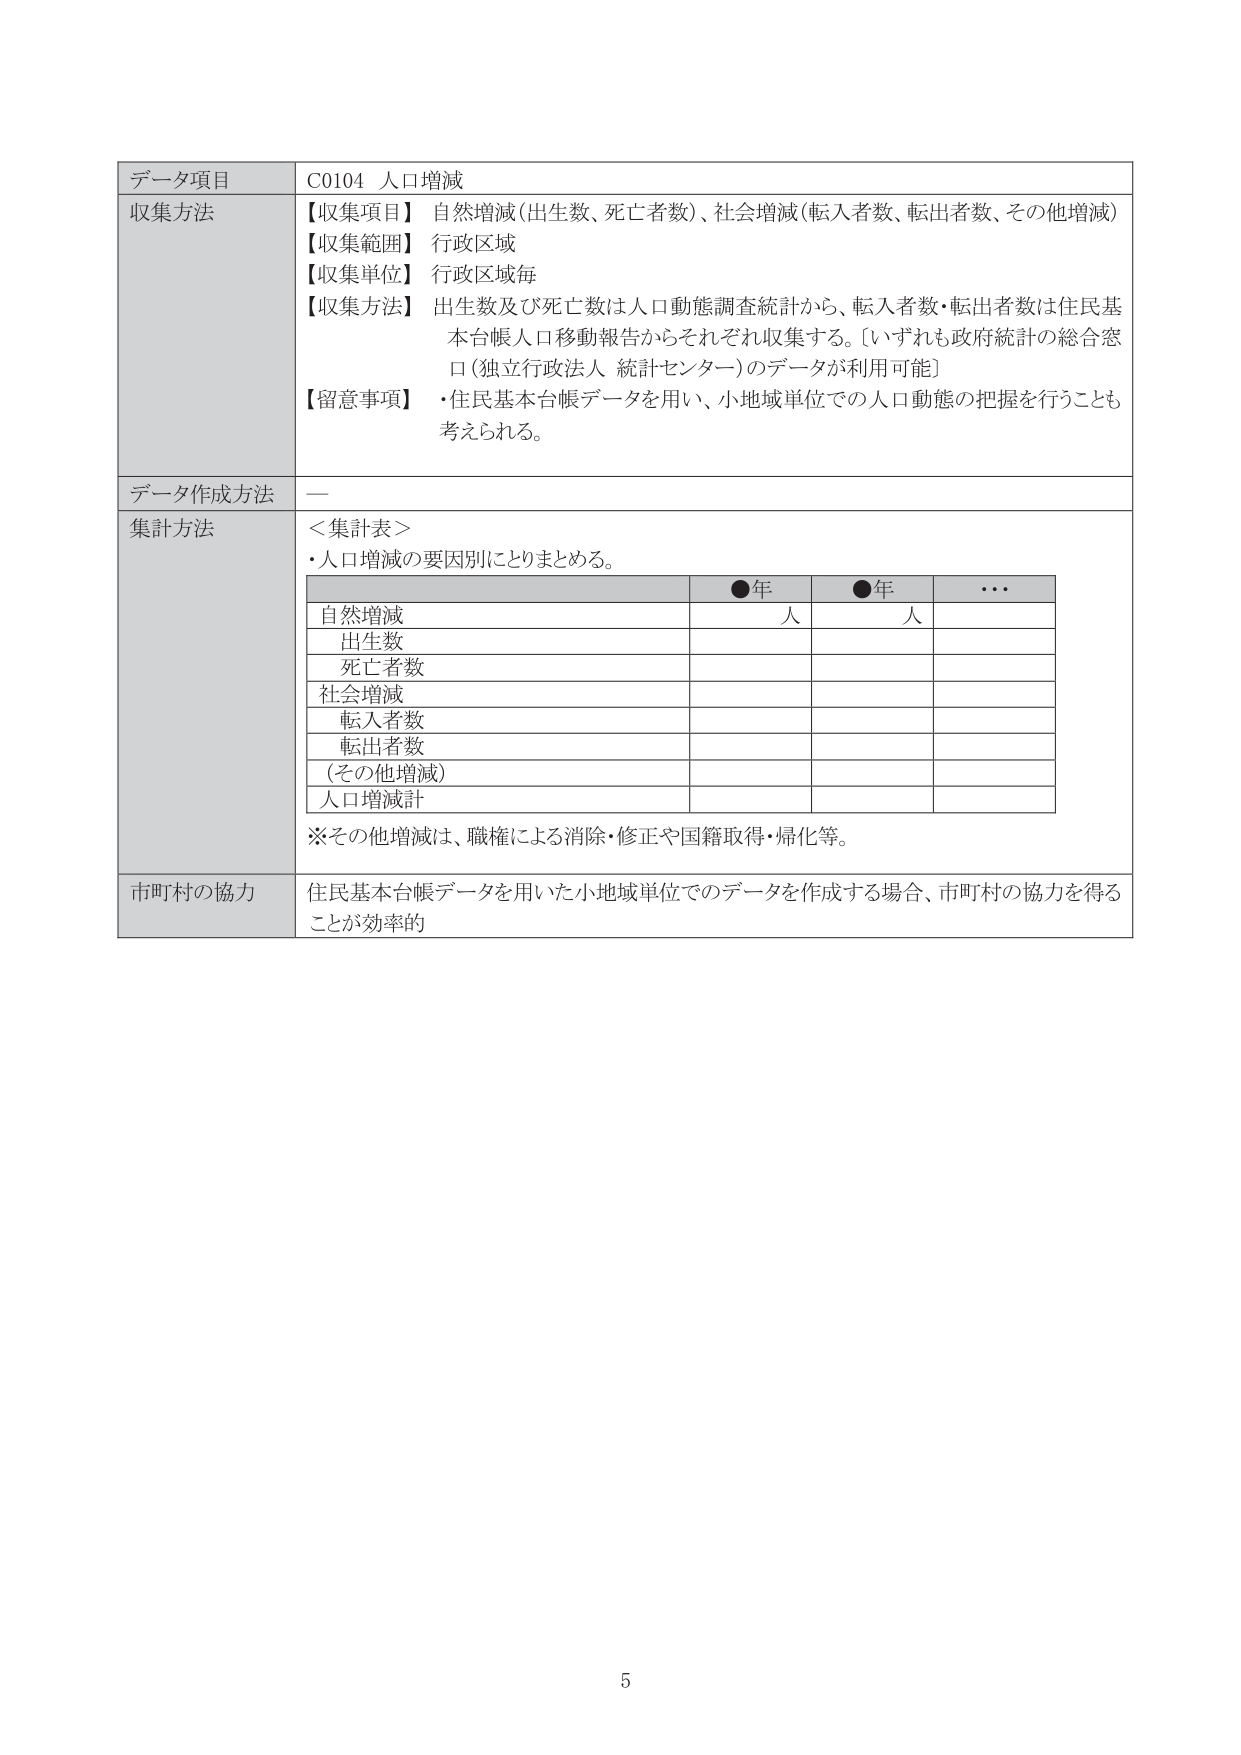
データ項目　C0104 人口増減
収集方法
【収集項目】 自然増減（出生数、死亡者数）、社会増減（転入者数、転出者数、その他増減）
【収集範囲】 行政区域
【収集単位】 行政区域毎
【収集方法】 出生数及び死亡数は人口動態調査統計から、転入者数・転出者数は住民基本台帳人口移動報告からそれぞれ収集する。〔いずれも政府統計の総合窓口（独立行政法人 統計センター）のデータが利用可能〕
【留意事項】 ・住民基本台帳データを用い、小地域単位での人口動態の把握を行うことも考えられる。

データ作成方法　―

集計方法
＜集計表＞
・人口増減の要因別にとりまとめる。

　　　　　　　　　　　　　　　●年　　　　●年　　　　…
自然増減　　　　　　　　　　　　人　　　　　人
　出生数
　死亡者数
社会増減
　転入者数
　転出者数
（その他増減）
人口増減計

※その他増減は、職権による消除・修正や国籍取得・帰化等。

市町村の協力　住民基本台帳データを用いた小地域単位でのデータを作成する場合、市町村の協力を得ることが効率的

5